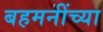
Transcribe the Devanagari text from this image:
बहमनींच्या